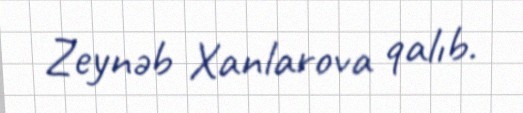
Zeynəb Xanlarova qalıb.